Document type: Acquittal of debt
Year: 1424
Scribe: Francesc de Casanoves
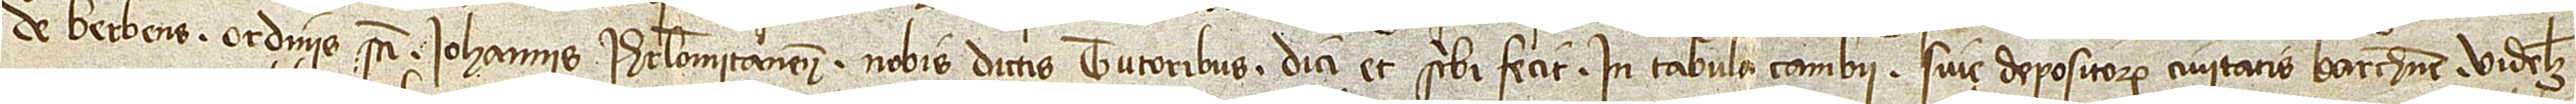
de Berbens, ordinis Sancti Iohannis Iherosolomitanensis, nobis dictis tutoribus dici et scribi fecit in tabula cambii sive depositorum civitatis Barchinone, videlicet,